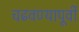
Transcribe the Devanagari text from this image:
चढवण्यापूर्वी